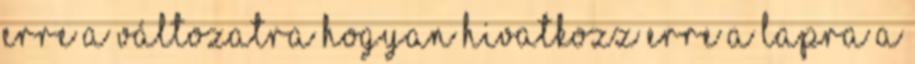
erre a változatra Hogyan hivatkozz erre a lapra A